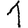
Digit: 1